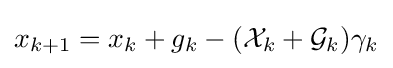
x_{k+1}=x_{k}+g_{k}-({\mathcal {X}}_{k}+{\mathcal {G}}_{k})\gamma _{k}